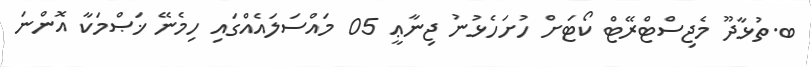
ބ.ތުޅާދޫ މެޖިސްޓްރޭޓް ކޯޓަށް ހުށަހެޅުނު ޖިނާޢީ 05 މައްސަލައެއްގައި ހިމެނޭ ޚަޞްމަކާ އޮންނަ